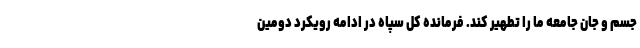
جسم و جان جامعه ما را تطهیر کند. فرمانده کل سپاه در ادامه رویکرد دومین